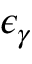
\epsilon _ { \gamma }